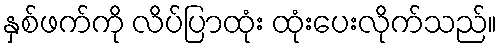
နှစ်ဖက်ကို လိပ်ပြာထုံး ထုံးပေးလိုက်သည်။